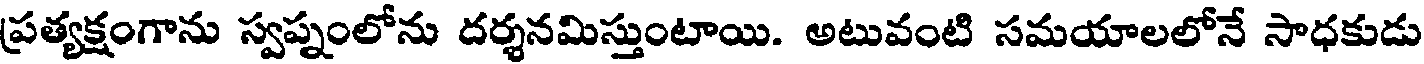
ప్రత్యక్షంగాను స్వప్నంలోను దర్శనమిస్తుంటాయి. అటువంటి సమయాలలోనే సాధకుడు